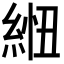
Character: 𦁁